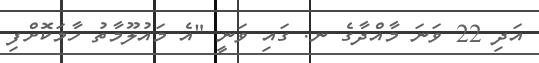
އަދި 22 ވަނަ މާއްދާގެ ނ. ގައި ވަނީ "އެ މައުލޫމާތު ހާމަކޮށްފި